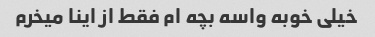
خیلی خوبه واسه بچه ام فقط از اینا میخرم